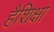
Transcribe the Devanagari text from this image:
हैशिक्षा